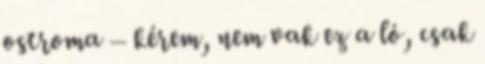
ostroma – kérem, nem vak ez a ló, csak